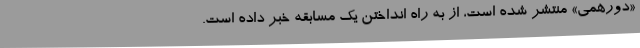
«دورهمی» منتشر شده است، از به راه انداختن یک مسابقه خبر داده است.